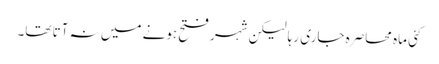
کئی ماہ محاصرہ جاری رہا لیکن شہر فتح ہونے میں نہ آتا تھا۔